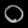
Digit: ၀